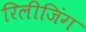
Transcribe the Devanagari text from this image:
रिलीजिंग